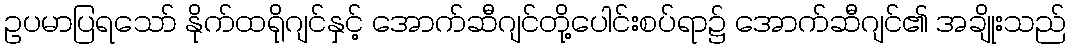
ဥပမာပြရသော် နိုက်ထရိုဂျင်နှင့် အောက်ဆီဂျင်တို့ပေါင်းစပ်ရာ၌ အောက်ဆီဂျင်၏ အချိုးသည်